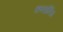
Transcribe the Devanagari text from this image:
कन्सर्निग